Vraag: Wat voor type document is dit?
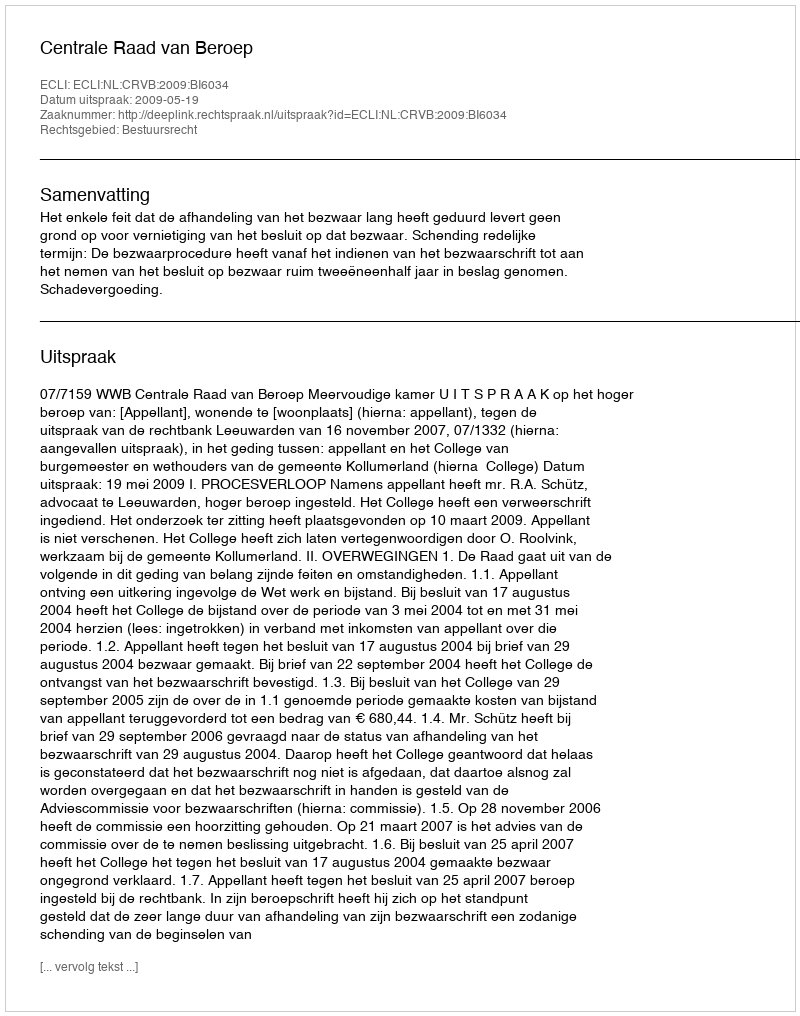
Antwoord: Uitspraak